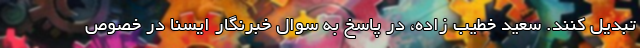
تبدیل کنند. سعید خطیب زاده، در پاسخ به سوال خبرنگار ایسنا در خصوص